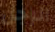
الرجل